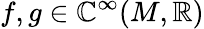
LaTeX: f,g\in\mathbb{C}^{\infty}(M,\mathbb{{R}})